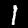
Label: 1